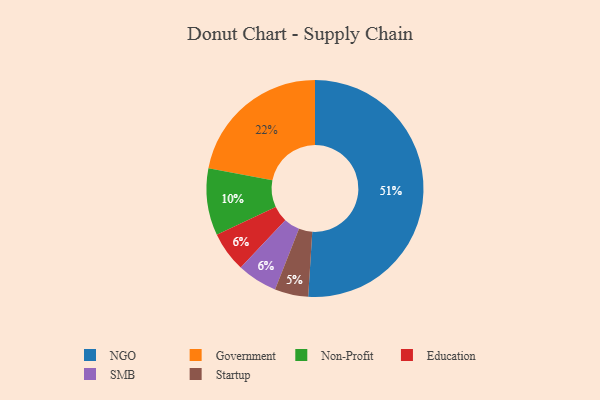
{"axis": {"x": "Category", "y": "Percentage"}, "legend": ["Education", "Government", "NGO", "Non-Profit", "SMB", "Startup"], "data": [{"x": "Government", "y": 22, "type": "Government"}, {"x": "NGO", "y": 51, "type": "NGO"}, {"x": "Startup", "y": 5, "type": "Startup"}, {"x": "Non-Profit", "y": 10, "type": "Non-Profit"}, {"x": "Education", "y": 6, "type": "Education"}, {"x": "SMB", "y": 6, "type": "SMB"}]}